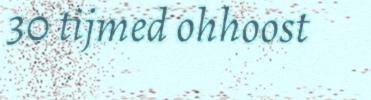
30 tijmed ohhoost